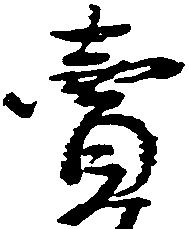
売